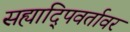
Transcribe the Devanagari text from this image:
सह्यादि्पवर्तावर